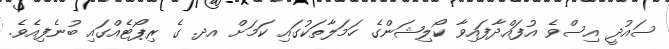
ސައުދީ އިސްވެ އުފައްދާފައިވާ ކޯލިޝަންގެ ހަމަލާތަކުގައި ކަމަށް އދ. ގެ ރިޕޯޓެއްގައި ބުނެފިއެވެ.